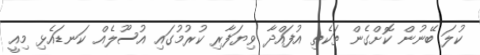
ކުލަ ބޭނުން ކޮށްގެން ތަކެތި އުފައްދާ ވިޔަފާރި ކުރުމުގައި އުސޫލެއް ކަނޑައެޅި މިއީ